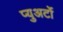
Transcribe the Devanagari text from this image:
प्युअर्टो